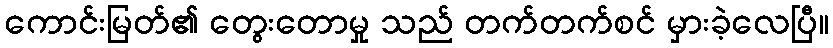
ကောင်းမြတ်၏ တွေးတောမှု သည် တက်တက်စင် မှားခဲ့လေပြီ။